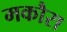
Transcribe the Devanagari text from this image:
मकौरा